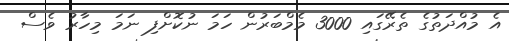
އެ މުއްދަތުގެ ތެރޭގައި 3000 މެމްބަރުން ހަމަ ނުކޮށްފި ނަމަ މިހާރު ވެސް